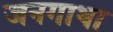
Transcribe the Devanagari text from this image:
जनगाथा